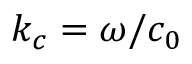
k _ { c } = \omega / c _ { 0 }